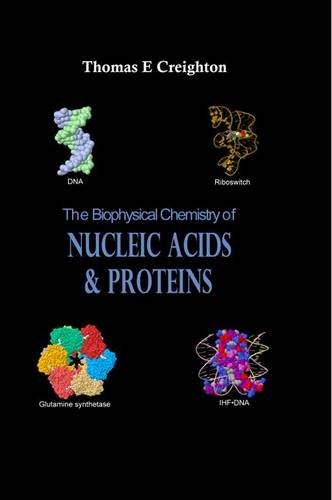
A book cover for The Biophysical Chemistry of Nucleic Acids and Proteins; Thomas E. Creighton; Science & Math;